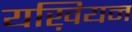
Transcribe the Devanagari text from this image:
यख़ियन